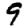
Digit: 9